Report of an outbreak of cholera in Suhutwar, Bulliah sub-division
Disease focus: Cholera
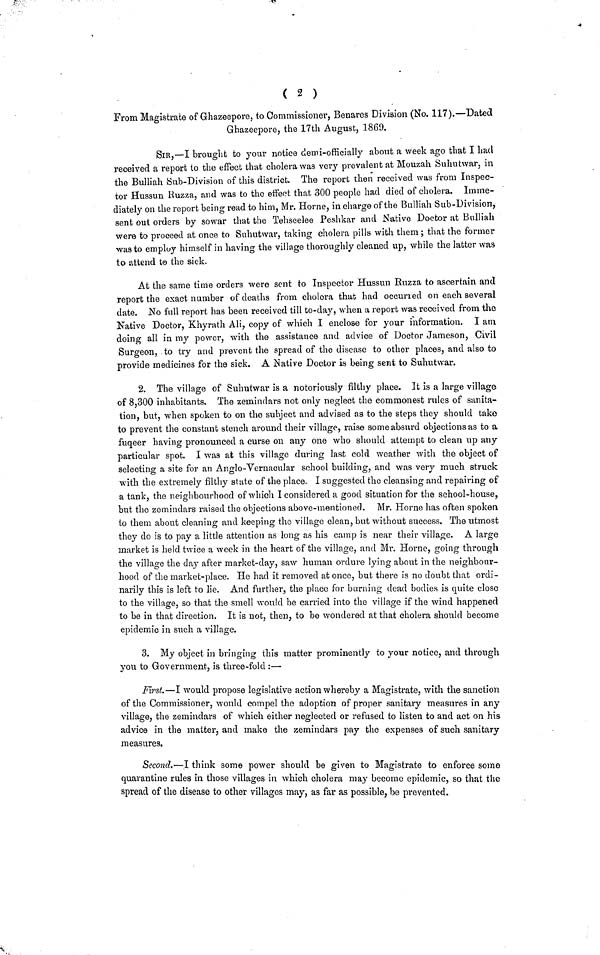
( 2 )
From Magistrate of Ghazeepore, to Commissioner, Benares Division (No. 117).—Dated
Ghazeepore, the 17th August, 1869.
SIR,—I brought to your notice demi-officially about a week ago that I had
received a report to the effect that cholera was very prevalent at Mouzah Suhutwar, in
the Bulliah Sub-Division of this district. The report then received was from Inspec-
tor Hussun Huzza, and was to the effect that 300 people had died of cholera. Imme-
diately on the report being read to him, Mr. Home, in charge of the Bulliah Sub-Division,
sent out orders by sowar that the Tehseelee Peshkar and Native Doctor at Bulliah
were to proceed at once to Snhutwar, taking cholera pills with them ; that the former
was to employ himself in having the village thoroughly cleaned up, while the latter was
to attend t0 the sick.
At the same time orders were sent to Inspector Hussun Ruzza to ascertain and
report the exact number of deaths from cholera that had occuried on each several
date. No full report has been received till to-day, when a report was received from the
Native Doctor, Khyrath AH, copy of which I enclose for your information. I am
doing all in my power, with the assistance and advice of Doctor Jameson, Civil
Surgeon, to try and prevent the spread of the disease to other places, and also to
provide medicines for the sick. Δ Native Doctor is being sent to Suhutwar.
2. The village of Suhutwar is a notoriously filthy place. It is a large village
of 8,300 inhabitants. The zemindars not only neglect the commonest rules of sanita-
tion, but, when spoken to on the subject and advised as to the steps they should take
to prevent the constant stench around their village, raise some absurd objections as to a
fuqeer having pronounced a curse on any one who should attempt to clean up any
particular spot. I was at this village during last cold weather with the object of
selecting a site for an Anglo-Vernacular school building, and was very much struck
with the extremely filthy stute of the place. I suggested the cleansing and repairing of
a tank, the neighbourhood of which I considered a good situation for the school-house,
but the zemindars raised the objections above-mentioned. Mr. Home has often spoken
to them about cleaning and keeping the village clean, but without success. The utmost
they do is to pay a little attention as long as his camp is near their village. A large
market is held twice a week in the heart of the village, and Mr. Home, going through
the village the day after market-day, saw human ordure lying about in the neighbour-
hood of the market-place. He had it removed at once, but there is no doubt that ordi-
narily this is left to lie. And further, the place for burning dead bodies is quite close
to the village, so that the smell would be carried into the village if the wind happened
to he in that direction. It is not, then, to be wondered at that cholera should become
epidemic in such a village.
3. My object in bringing this matter prominently to your notice, and through
you to Government, is three-fold :—
First.—I would propose legislative action whereby a Magistrate, with the sanction
of the Commissioner, would compel the adoption of proper sanitary measures in any
village, the zemindars of which either neglected or refused to listen to and act on his
advice in the matter, and make the zemindars pay the expenses of such sanitary
measures.
Second.—I think some power should be given to Magistrate to enforce some
quarantine rules in those villages in which cholera may become epidemic, so that the
spread of the disease to other villages may, as far as possible, be prevented.